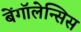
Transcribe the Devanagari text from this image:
बेंगॉलेन्सिस